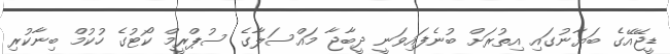
ޑީޖޭއޭގެ ބަޔާނުގައި އިތުރަށް ބުނެފައިވަނީ ދީބާޖާ މައްސަލާގެ ސުޕްރީމް ކޯޓުގެ ހުކުމް ބިނާކުރި